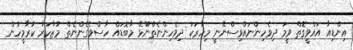
އިންޑިއާ އައްވީގޮތް ވީމަ ދިވެހިންނައްވިސްނޭނީ މިހާރަކު ދިވެހިންނެތްނޫޅޭ މާބޮޑައް ހާސްވެގެންނެތް މުޒާހަރާ ކުރާމީހުން